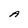
Character: A